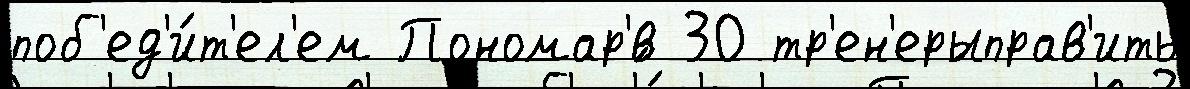
поб'ед'и́т'ел'ем Пономар'́в 30 тр'ен'ерыправ'ить